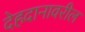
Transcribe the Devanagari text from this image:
देहदानावरील